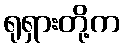
ရုရှားတို့က